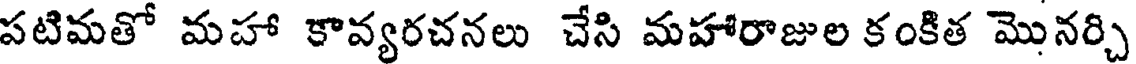
పటిమతో మహా కావ్యరచనలు చేసి మహారాజుల కంకిత మొనర్చి